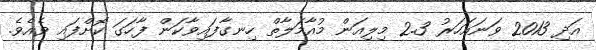
އަދި 2013 ވަނައަހަރު 2.3 މިލިއަން މުއާމަލާތް ހިނގާފައިވާކަން ފާހަގަ ކޮށްފައި ވެއެވެ.